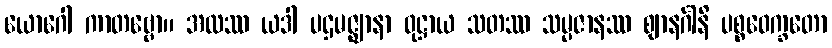
ယောဂေါ ကာတဗ္ဗော။ အထဿ ယဒါ ပဌမဇ္ဈာနာ ဝုဋ္ဌာယ သတဿ သမ္ပဇာနဿ ဈာနင်္ဂါနိ ပစ္စဝေက္ခတော